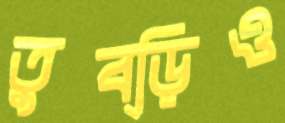
তুব্‌ড়িও